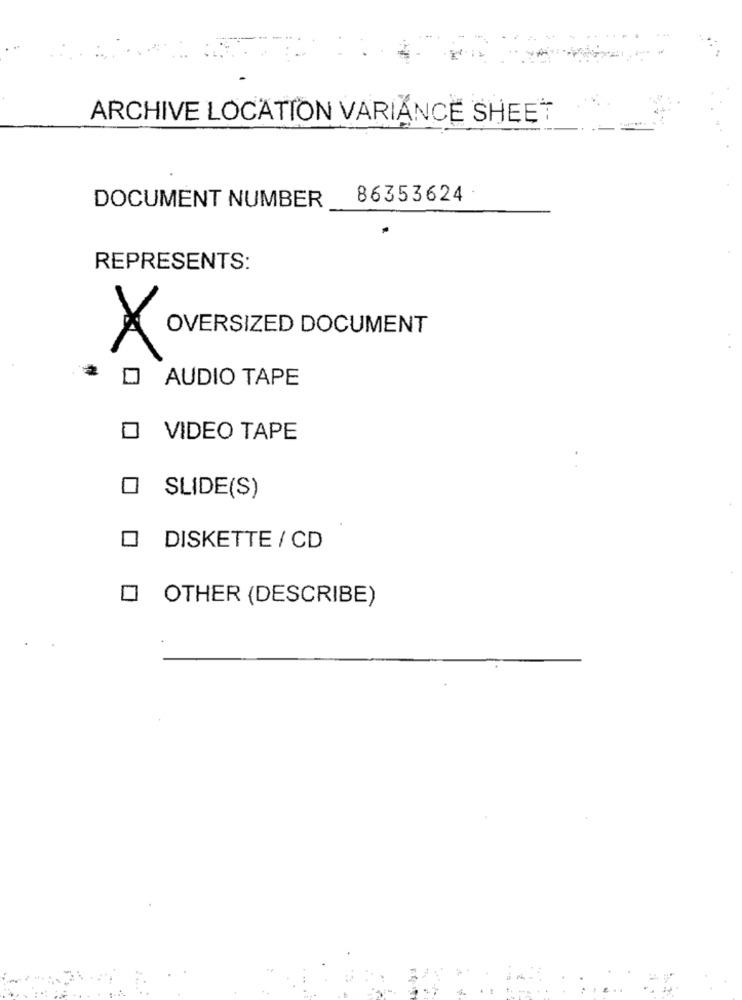
ARCHIVE LOCATION VARIANCE SHEET
86353624
DOCUMENT NUMBER
REPRESENTS:
OVERSIZED DOCUMENT
X
O AUDIO TAPE
VIDEO TAPE
SLIDE(S)
DISKETTE / CD
O OTHER (DESCRIBE)
....